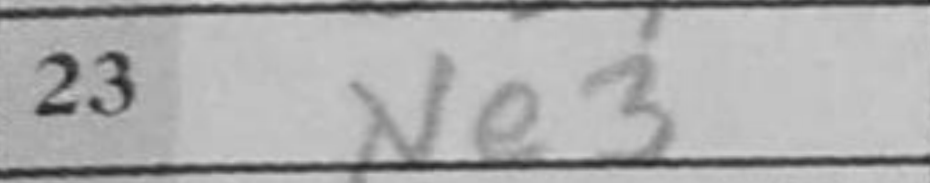
Transcription: Ne3